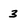
Character: 3